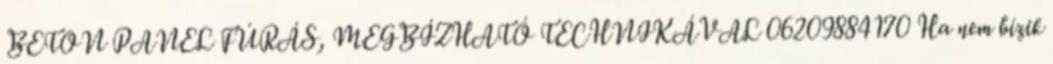
BETON PANEL FÚRÁS, MEGBÍZHATÓ TECHNIKÁVAL 06209884170 Ha nem bízik